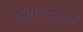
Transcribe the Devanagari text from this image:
ऑरेलियनला